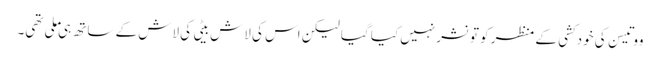
ووتیسن کی خودکشی کے منظر کو تو نشر نہیں کیا گیا لیکن اس کی لاش بیٹی کی لاش کے ساتھ ہی ملی تھی۔